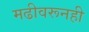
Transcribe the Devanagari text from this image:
मढीवरूनही